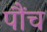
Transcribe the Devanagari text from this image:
पौंच